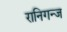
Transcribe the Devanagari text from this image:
रानिगन्ज